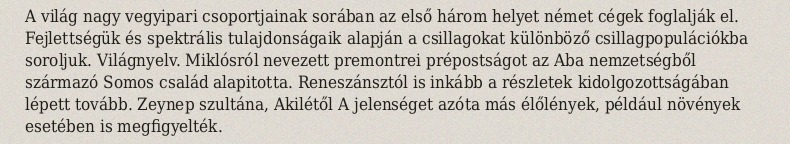
A világ nagy vegyipari csoportjainak sorában az első három helyet német cégek foglalják el. Fejlettségük és spektrális tulajdonságaik alapján a csillagokat különböző csillagpopulációkba soroljuk. Világnyelv. Miklósról nevezett premontrei prépostságot az Aba nemzetségből származó Somos család alapitotta. Reneszánsztól is inkább a részletek kidolgozottságában lépett tovább. Zeynep szultána, Akilétől A jelenséget azóta más élőlények, például növények esetében is megfigyelték.